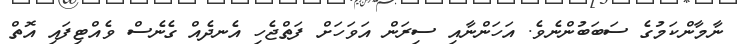
ނާމާންކަމުގެ ސަބަބުންނެވެ. އަހަންނާއި ސިރަން އަވަހަށް ފަތްޖެހި އެނދެއް ގެނެސް ވެއްޓިފައި އޮތް